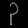
Digit: ၃